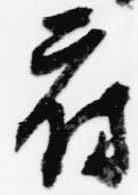
府